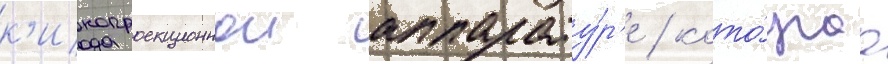
к'инопроекционнои аппарату́р'е / кото́раа